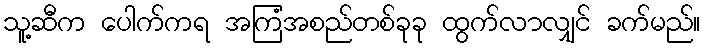
သူ့ဆီက ပေါက်ကရ အကြံအစည်တစ်ခုခု ထွက်လာလျှင် ခက်မည်။